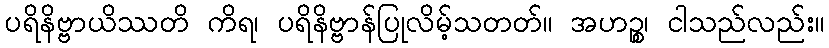
ပရိနိဗ္ဗာယိဿတိ ကိရ၊ ပရိနိဗ္ဗာန်ပြုလိမ့်သတတ်။ အဟဉ္စ၊ ငါသည်လည်း။